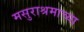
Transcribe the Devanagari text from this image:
मसुराश्रमाच्या